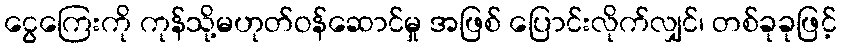
ငွေကြေးကို ကုန်သို့မဟုတ်ဝန်ဆောင်မှု အဖြစ် ပြောင်းလိုက်လျှင်၊ တစ်ခုခုဖြင့်